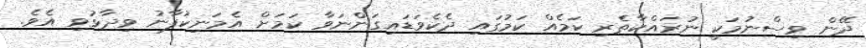
ދޭން ވިސްނުމަކީ ނުރައްކާތެރި ކަމެއް ކަމުގައި ދެކެވަޑައިގަންނަވާ ކަމަށް އެމަނިކުފާނު ވިދާޅުވި އެވެ.